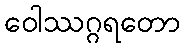
ဝေါဿဂ္ဂရတော